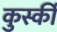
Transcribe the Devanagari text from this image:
कुर्स्की